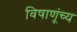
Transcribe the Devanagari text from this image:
विषाणूंच्य